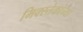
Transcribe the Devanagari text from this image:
मिक्स्तेकांच्या